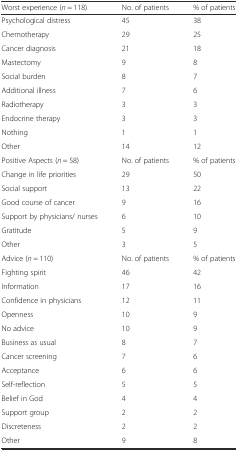
<table><thead><tr><td><b>Worst experience (<i>n</i> = 118)</b></td><td><b>No. of patients</b></td><td><b>% of patients</b></td></tr></thead><tbody><tr><td>Psychological distress</td><td>45</td><td>38</td></tr><tr><td>Chemotherapy</td><td>29</td><td>25</td></tr><tr><td>Cancer diagnosis</td><td>21</td><td>18</td></tr><tr><td>Mastectomy</td><td>9</td><td>8</td></tr><tr><td>Social burden</td><td>8</td><td>7</td></tr><tr><td>Additional illness</td><td>7</td><td>6</td></tr><tr><td>Radiotherapy</td><td>3</td><td>3</td></tr><tr><td>Endocrine therapy</td><td>3</td><td>3</td></tr><tr><td>Nothing</td><td>1</td><td>1</td></tr><tr><td>Other</td><td>14</td><td>12</td></tr><tr><td>Positive Aspects (<i>n</i> = 58)</td><td>No. of patients</td><td>% of patients</td></tr><tr><td>Change in life priorities</td><td>29</td><td>50</td></tr><tr><td>Social support</td><td>13</td><td>22</td></tr><tr><td>Good course of cancer</td><td>9</td><td>16</td></tr><tr><td>Support by physicians/ nurses</td><td>6</td><td>10</td></tr><tr><td>Gratitude</td><td>5</td><td>9</td></tr><tr><td>Other</td><td>3</td><td>5</td></tr><tr><td>Advice (<i>n</i> = 110)</td><td>No. of patients</td><td>% of patients</td></tr><tr><td>Fighting spirit</td><td>46</td><td>42</td></tr><tr><td>Information</td><td>17</td><td>16</td></tr><tr><td>Confidence in physicians</td><td>12</td><td>11</td></tr><tr><td>Openness</td><td>10</td><td>9</td></tr><tr><td>No advice</td><td>10</td><td>9</td></tr><tr><td>Business as usual</td><td>8</td><td>7</td></tr><tr><td>Cancer screening</td><td>7</td><td>6</td></tr><tr><td>Acceptance</td><td>6</td><td>6</td></tr><tr><td>Self-reflection</td><td>5</td><td>5</td></tr><tr><td>Belief in God</td><td>4</td><td>4</td></tr><tr><td>Support group</td><td>2</td><td>2</td></tr><tr><td>Discreteness</td><td>2</td><td>2</td></tr><tr><td>Other</td><td>9</td><td>8</td></tr></tbody></table>